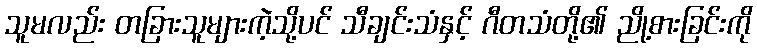
သူမလည်း တခြားသူများကဲ့သို့ပင် သီချင်းသံနှင့် ဂီတသံတို့၏ ညို့စားခြင်းကို